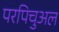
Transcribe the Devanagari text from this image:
परपिचुअल